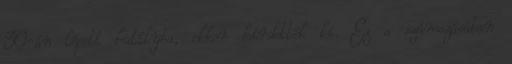
30-án lépett hatályba, ekkor hirdették ki. Ez a számozásában